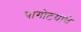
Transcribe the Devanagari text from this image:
पागोटयाचे